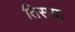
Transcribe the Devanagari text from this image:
तिसया